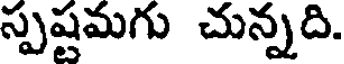
స్పష్టమగు చున్నది.